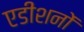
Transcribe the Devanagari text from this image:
एडीशनों